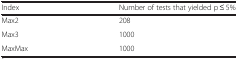
<table><thead><tr><td><b>Index</b></td><td><b>Number of tests that yielded p ≤ 5%</b></td></tr></thead><tbody><tr><td>Max2</td><td>208</td></tr><tr><td>Max3</td><td>1000</td></tr><tr><td>MaxMax</td><td>1000</td></tr></tbody></table>